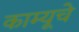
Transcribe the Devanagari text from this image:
काम्यूचे